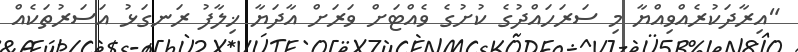
"އިރާދަކުރެއްވިއްޔާ މި ސަރަހައްދުގެ ކުށުގެ ވެއްޓަށް ވަރަށް އާދަޔާ ޚިލާފު ރަނގަޅު އަސަރުތަކެއް